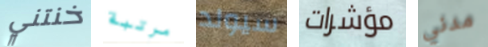
خنتني مرتبة سيولد مؤشرات مدني